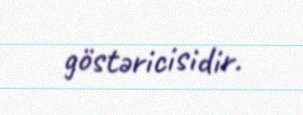
göstəricisidir.